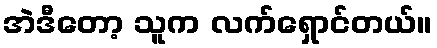
အဲဒီတော့ သူက လက်ရှောင်တယ်။